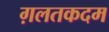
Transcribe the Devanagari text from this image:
ग़लतकदम